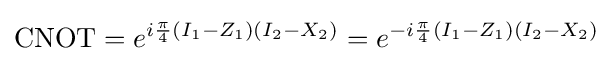
{\mbox{CNOT}}=e^{i{\frac {\pi }{4}}(I_{1}-Z_{1})(I_{2}-X_{2})}=e^{-i{\frac {\pi }{4}}(I_{1}-Z_{1})(I_{2}-X_{2})}